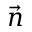
\vec { n }